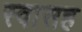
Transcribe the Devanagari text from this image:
स्‍वासह